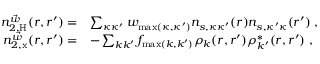
\begin{array} { r l } { n _ { 2 , \mathrm { H } } ^ { \vec { w } } ( \boldsymbol { r } , \boldsymbol { r } ^ { \prime } ) = } & { \sum _ { \kappa \kappa ^ { \prime } } w _ { \operatorname* { m a x } ( \kappa , \kappa ^ { \prime } ) } n _ { s , \kappa \kappa ^ { \prime } } ( \boldsymbol { r } ) n _ { s , \kappa ^ { \prime } \kappa } ( \boldsymbol { r } ^ { \prime } ) \; , } \\ { n _ { 2 , \mathrm { x } } ^ { \vec { w } } ( \boldsymbol { r } , \boldsymbol { r } ^ { \prime } ) = } & { - \sum _ { k k ^ { \prime } } f _ { \operatorname* { m a x } ( k , k ^ { \prime } ) } \rho _ { k } ( \boldsymbol { r } , \boldsymbol { r } ^ { \prime } ) \rho _ { k ^ { \prime } } ^ { * } ( \boldsymbol { r } , \boldsymbol { r } ^ { \prime } ) \; , } \end{array}